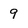
Character: 9